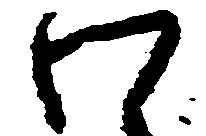
わ